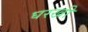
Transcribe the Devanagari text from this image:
घरखी